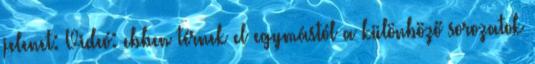
jelenet: Videó: ebben térnek el egymástól a különböző sorozatok